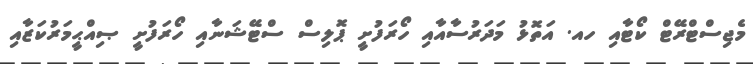
މެޖިސްޓްރޭޓް ކޯޓާއި ހއ. އަތޮޅު މަދަރުސާއާއި ހޯރަފުށީ ޕޮލިސް ސްޓޭޝަނާއި ހޯރަފުށީ ޞިއްޙީމަރުކަޒާއި